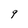
Character: 9